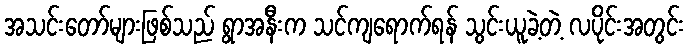
အသင်းတော်များဖြစ်သည် ရွာအနီးက သင်ကျရောက်ရန် သွင်းယူခဲ့တဲ့ လပိုင်းအတွင်း